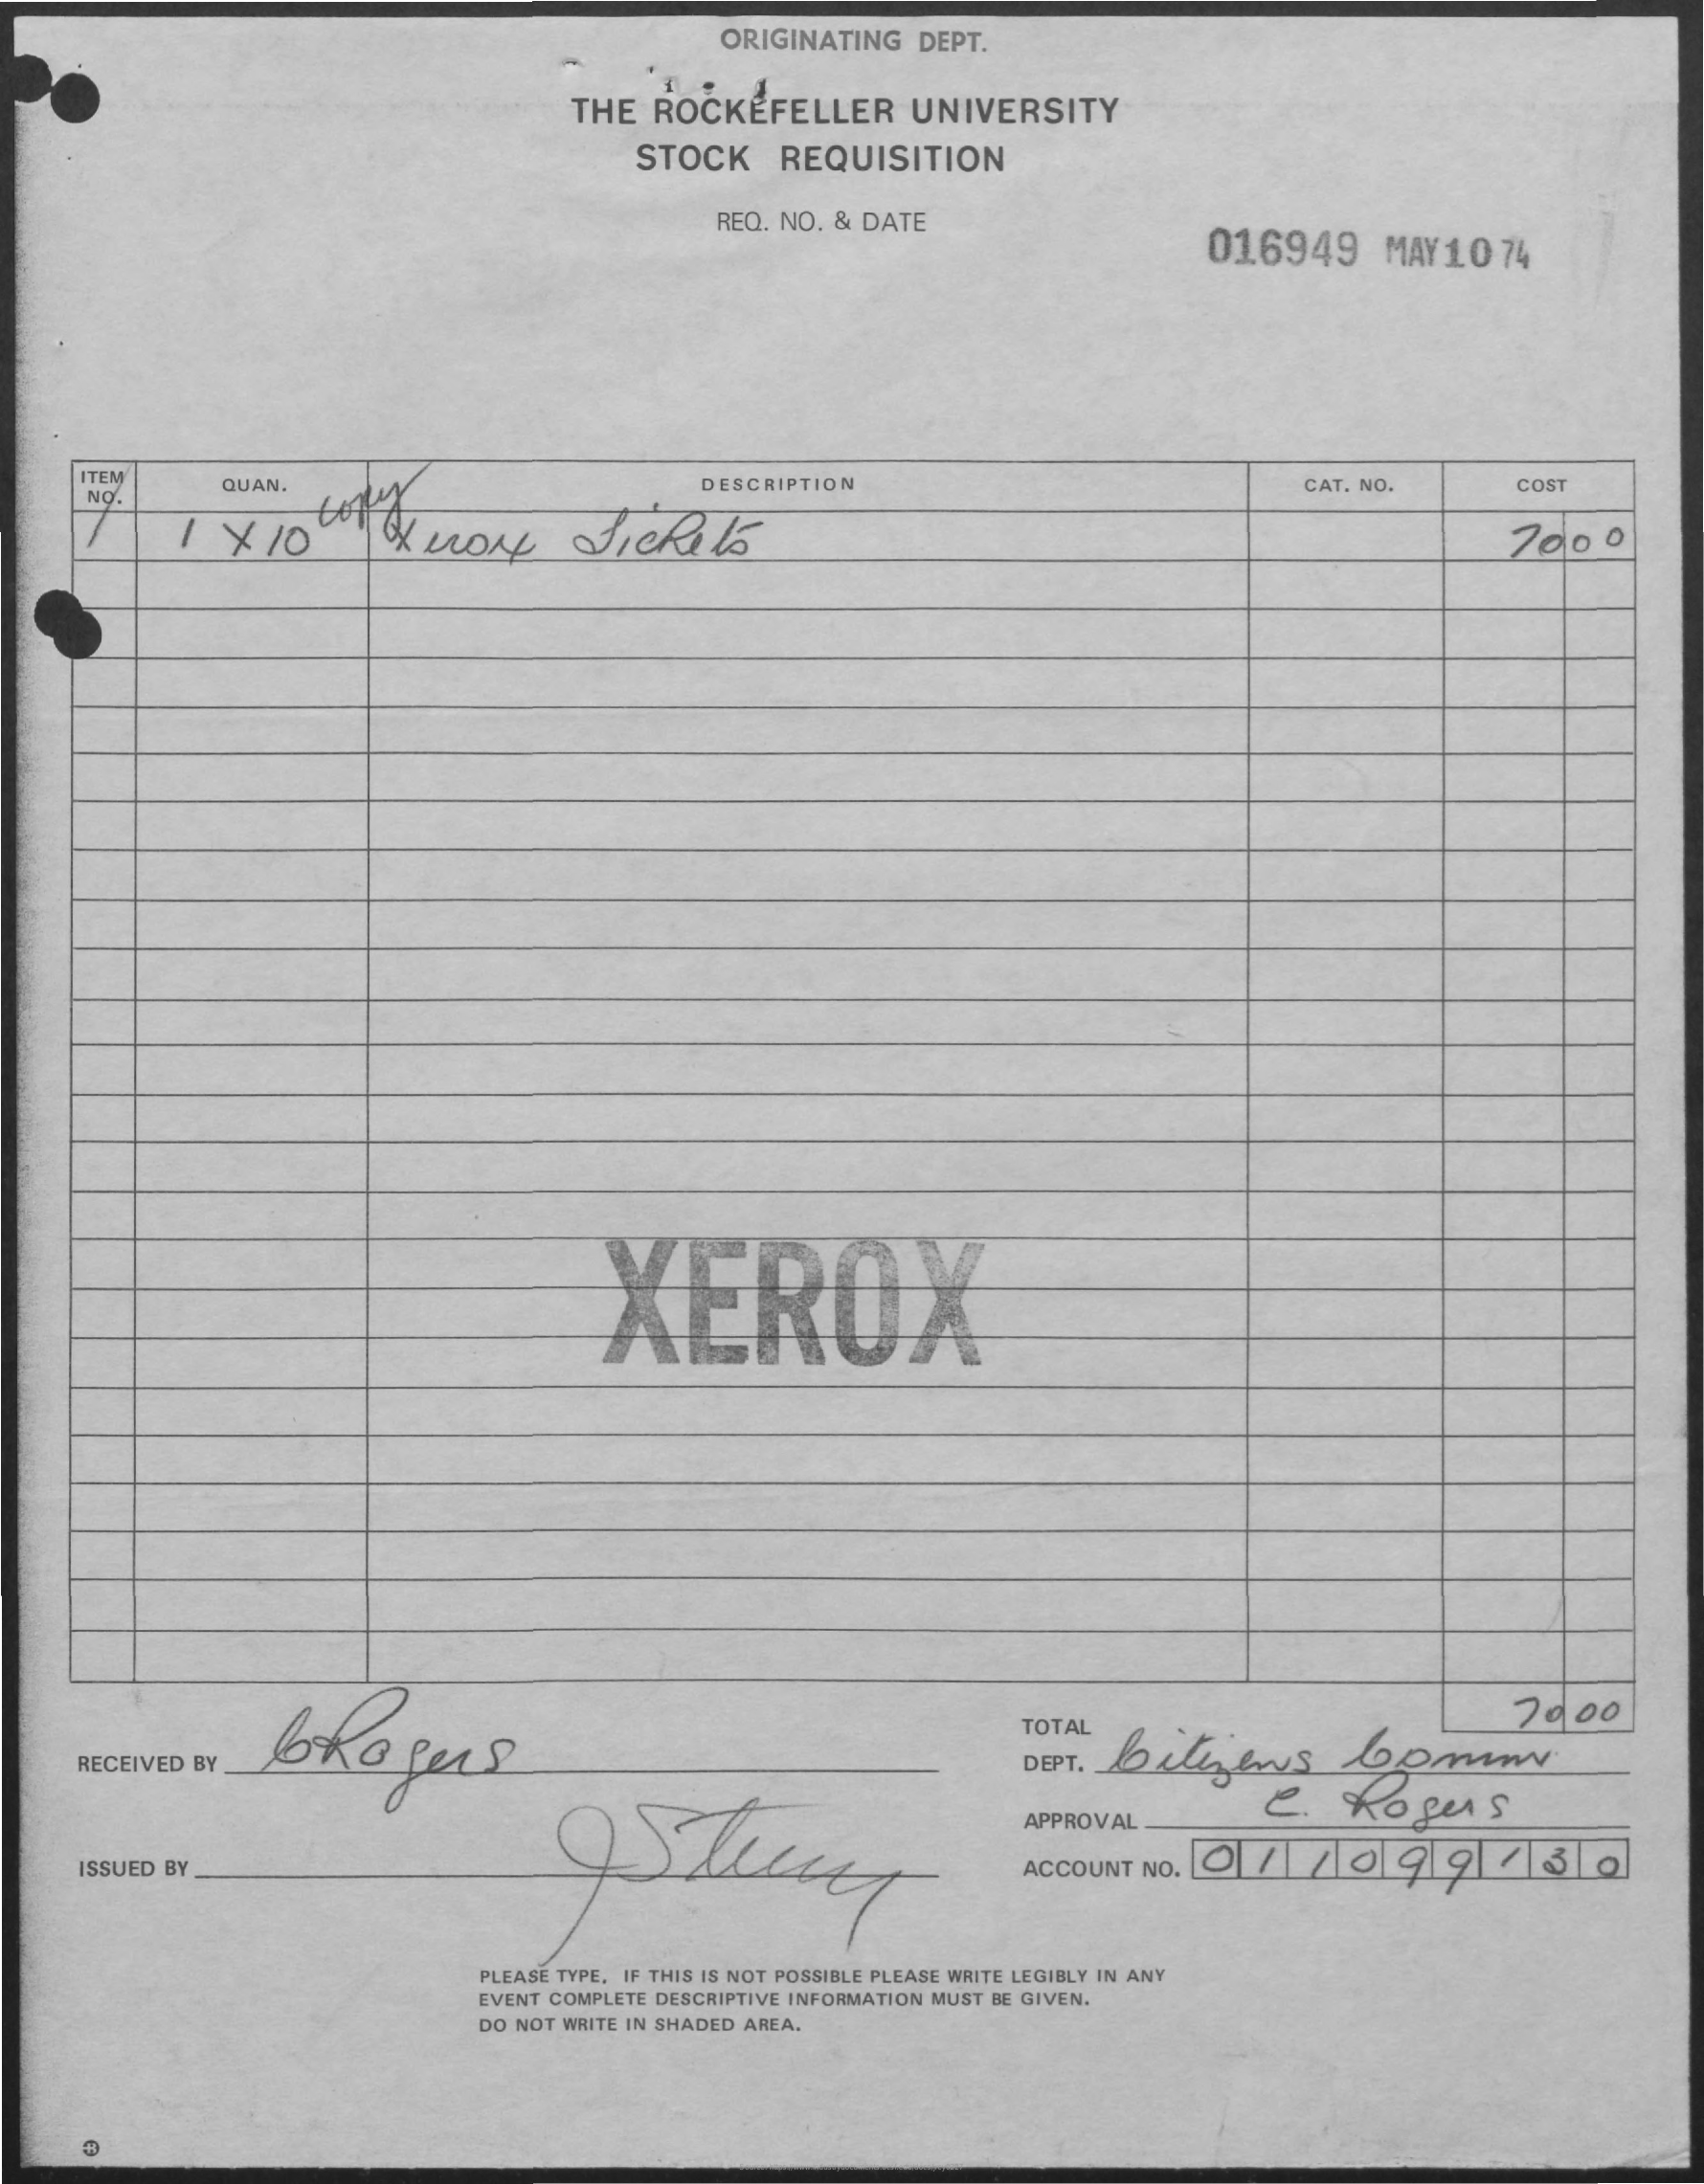
ORIGINATING    DEPT.
     THE    ROCKEFELLER    UNIVERSITY
     STOCK    REQUISITION
     REQ.    NO.    &    DATE
     016949    MAY10    74
     ITEM
     NO.    QUAN.    DESCRIPTION    CAT.    NO.    COST
     1    X    10    &More    Jichik    2000
     XEROX
     bRogers
     TOTAL
     bilijens    bom
     7000
     RECEIVED    BY    DEPT.
     e.    Rogers
     APPROVAL
     ISSUED    BY    ACCOUNT    NO.    O1    /099    7    3    .
     PLEASE    TYPE.    IF    THIS    IS    NOT    POSSIBLE    PLEASE    WRITE    LEGIBLY    IN    ANY
     EVENT    COMPLETE    DESCRIPTIVE    INFORMATION    MUST    BE    GIVEN.
     DO    NOT    WRITE    IN    SHADED    AREA.
     Source: https://www.industrydocuments.ucsf.edu/docs/jrcy0227